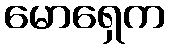
မောရှေက